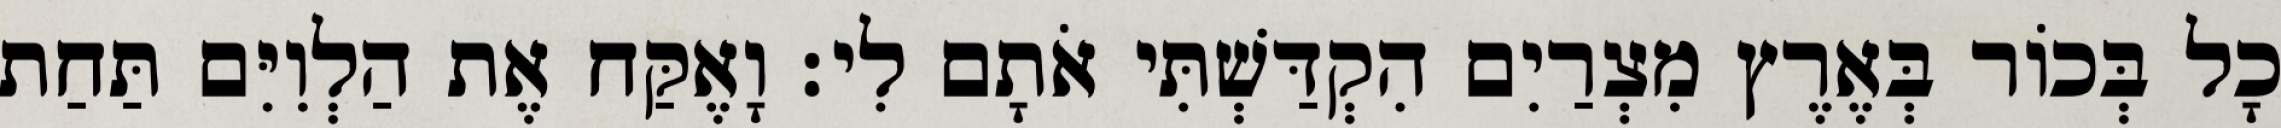
כָל בְּכוֹר בְּאֶרֶץ מִצְרַיִם הִקְדַּשְׁתִּי אֹתָם לִי׃ וָאֶקַּח אֶת הַלְוִיִּם תַּחַת